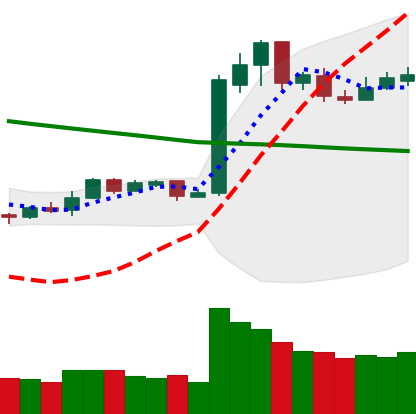
Ticker: LTC-USD
Chart end date: 2019-02-17
Forward return: 13.379%
Label: up_7plus